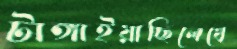
টাঙ্গাইয়াছিলেখে